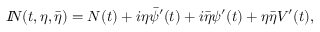
{ I \! \! N } ( t , \eta , \bar { \eta } ) = N ( t ) + i \eta \bar { \psi } ^ { \prime } ( t ) + i \bar { \eta } \psi ^ { \prime } ( t ) + \eta \bar { \eta } V ^ { \prime } ( t ) ,